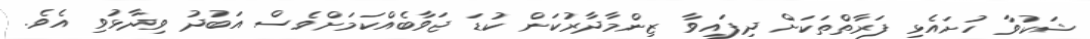
ޝަކުވާ ހުށައެޅި ފަރާތްތަކަށް ދިފައިވާ ޒިންމާދާރުކަން ކުޑަ ޖަވާބެއްކަމަށްވެސް އަބުދު ވިދާޅުވި އެވެ.